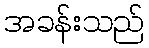
အခန်းသည်